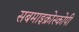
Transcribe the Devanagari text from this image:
सबमाइक्रोस्कोपी